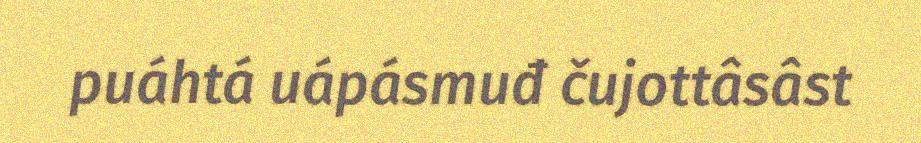
puáhtá uápásmuđ čujottâsâst